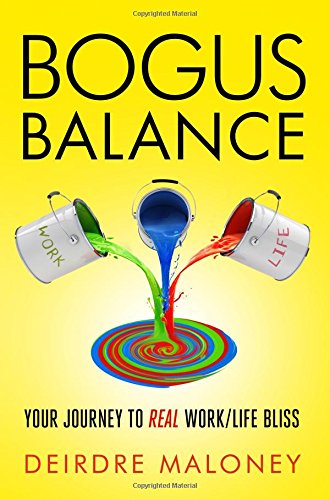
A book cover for Bogus Balance: Your Journey to Real Work/Life Bliss; Deirdre Maloney; Business & Money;